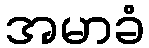
အမာခံ